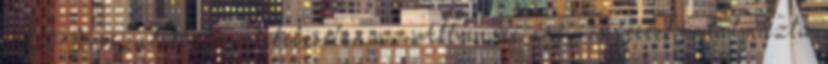
Allt. Visszatekintő értékelésében az Allmusic négy és féllel jutalmazta